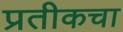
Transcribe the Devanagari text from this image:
प्रतीकचा